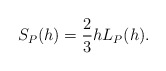
\begin{align*} \begin{aligned}S_P(h)=\frac{2}{3}hL_P(h). \end{aligned} \end{align*}